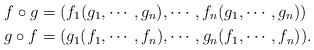
LaTeX: \begin{align*}&f \circ g=(f_1(g_1, \cdots, g_n),\cdots, f_n(g_1,\cdots, g_n)) \\&g \circ f=(g_1(f_1, \cdots, f_n),\cdots, g_n(f_1,\cdots, f_n)).\end{align*}